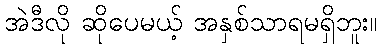
အဲဒီလို ဆိုပေမယ့် အနှစ်သာရမရှိဘူး။